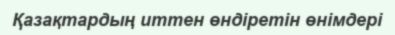
Қазақтардың иттен өндіретін өнімдері